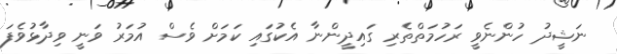
ނަޝީދު ހުންނެވީ ރަހުމަތްތެރި ގައިދީންނާ އެކުގައި ކަމަށް ވެސް އުމަރު ވަނީ ވިދާޅުވެފަ